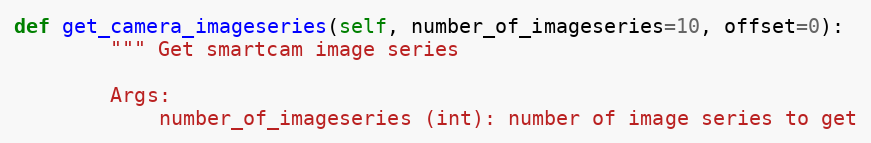
Language: Python
def get_camera_imageseries(self, number_of_imageseries=10, offset=0):
        """ Get smartcam image series

        Args:
            number_of_imageseries (int): number of image series to get